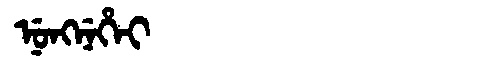
Manchu: ᠨᡠᠩᠨᡝᡥᡝᡳ
Romanization: NUNGNEHEI